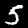
Digit: 5